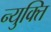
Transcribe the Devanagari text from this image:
न्युक्ति